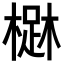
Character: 𣙳